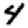
Digit: 4